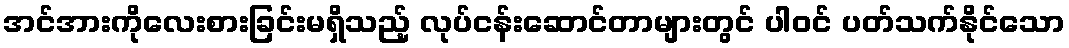
အင်အားကိုလေးစားခြင်းမရှိသည့် လုပ်ငန်းဆောင်တာများတွင် ပါဝင် ပတ်သက်နိုင်သော